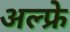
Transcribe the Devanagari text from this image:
अल्फ्रे